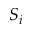
S _ { i }